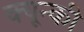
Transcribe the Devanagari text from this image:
क्यून्की